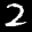
Label: 2